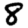
Digit: 8